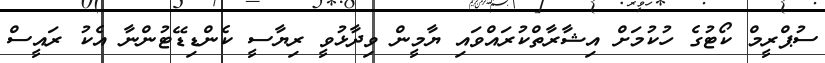
ސުޕްރީމް ކޯޓުގެ ހުކުމަށް އިޝާރާތްކުރައްވައި ޔާމީން ވިދާޅުވީ ރިޔާސީ ކެންޑިޑޭޓުންނާ އެކު ރައީސް